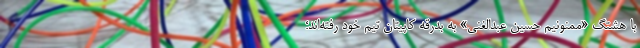
با هشتگ «ممنونیم حسین عبدالغنی» به بدرقه کاپیتان تیم خود رفته‌اند؛